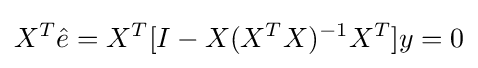
X^{T}{\hat {e}}=X^{T}[I-X(X^{T}X)^{-1}X^{T}]y=0